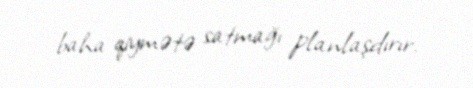
baha qiymətə satmağı planlaşdırır.